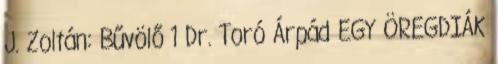
J. Zoltán: Bűvölő 1 Dr. Toró Árpád EGY ÖREGDIÁK